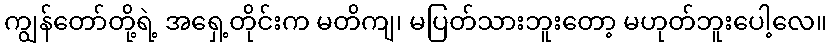
ကျွန်တော်တို့ရဲ့ အရှေ့တိုင်းက မတိကျ၊ မပြတ်သားဘူးတော့ မဟုတ်ဘူးပေါ့လေ။